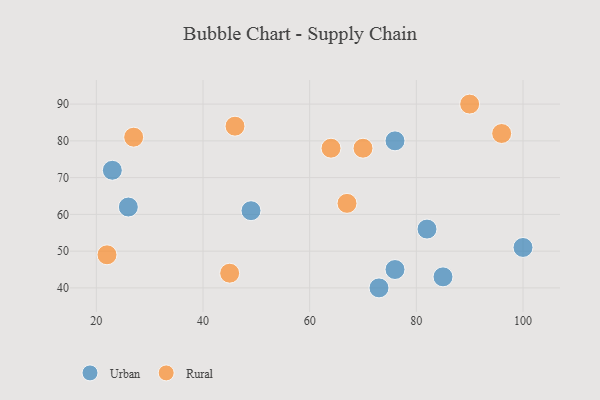
{"axis": {"x": "GDP", "y": "Life Expectancy"}, "legend": ["Rural", "Urban"], "data": [{"x": "23", "y": 72, "type": "Urban"}, {"x": "73", "y": 40, "type": "Urban"}, {"x": "100", "y": 51, "type": "Urban"}, {"x": "76", "y": 80, "type": "Urban"}, {"x": "85", "y": 43, "type": "Urban"}, {"x": "49", "y": 61, "type": "Urban"}, {"x": "76", "y": 45, "type": "Urban"}, {"x": "82", "y": 56, "type": "Urban"}, {"x": "26", "y": 62, "type": "Urban"}, {"x": "70", "y": 78, "type": "Rural"}, {"x": "27", "y": 81, "type": "Rural"}, {"x": "45", "y": 44, "type": "Rural"}, {"x": "96", "y": 82, "type": "Rural"}, {"x": "67", "y": 63, "type": "Rural"}, {"x": "90", "y": 90, "type": "Rural"}, {"x": "22", "y": 49, "type": "Rural"}, {"x": "46", "y": 84, "type": "Rural"}, {"x": "64", "y": 78, "type": "Rural"}]}